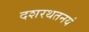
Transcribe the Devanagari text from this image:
दशरथतनयं